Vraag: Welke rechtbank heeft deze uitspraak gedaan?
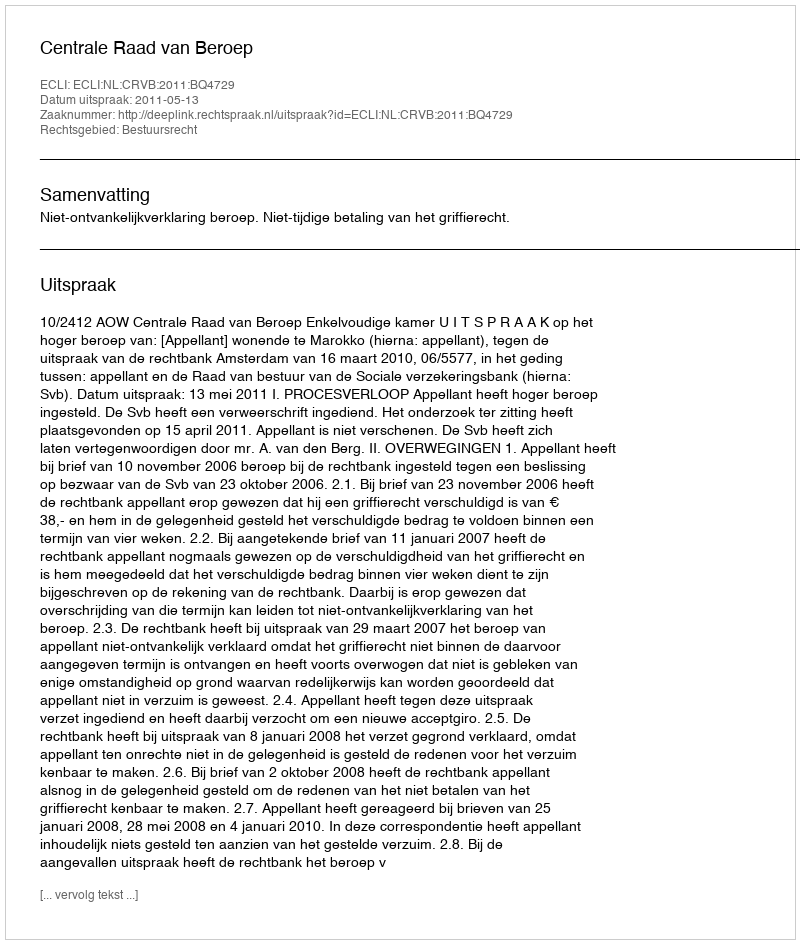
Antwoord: Centrale Raad van Beroep